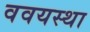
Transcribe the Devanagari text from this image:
ववयस्था